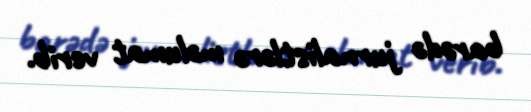
barədə jurnalistlərə məlumat verib.